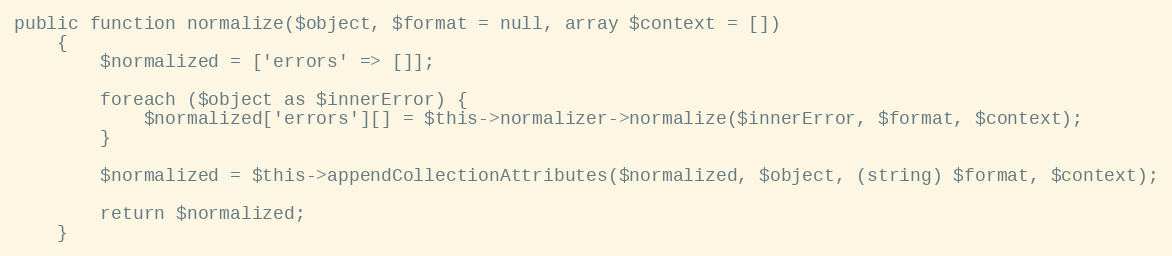
Language: PHP
public function normalize($object, $format = null, array $context = [])
    {
        $normalized = ['errors' => []];

        foreach ($object as $innerError) {
            $normalized['errors'][] = $this->normalizer->normalize($innerError, $format, $context);
        }

        $normalized = $this->appendCollectionAttributes($normalized, $object, (string) $format, $context);

        return $normalized;
    }